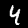
Digit: 4